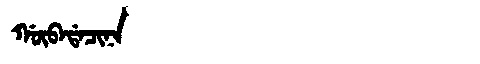
Manchu: ᡤᡡᠪᠠᡩᠠᠴᡳᠨᠠ
Romanization: GŪBADACINA